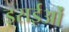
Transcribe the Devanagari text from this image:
इसईओं